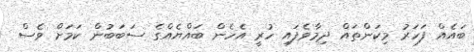
ބައެއް ފަހަރު މިކަންތައް ދިމާވެފައި ހުރީ އެހެން ބައްޔެއްގެ ސަބަބުން ކަމަށް ވެސް